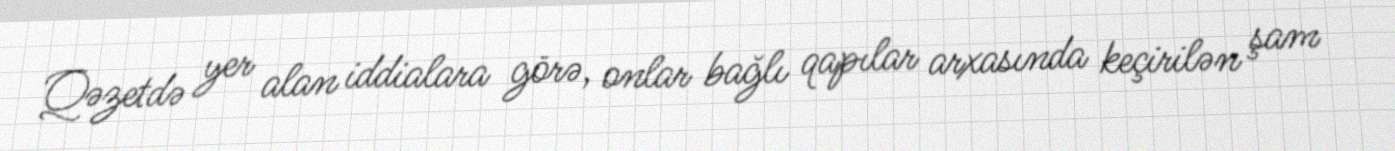
Qəzetdə yer alan iddialara görə, onlar bağlı qapılar arxasında keçirilən şam